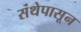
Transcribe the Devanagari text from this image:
संथेपासून